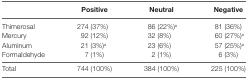
<table><thead><tr><td></td><td><b>Positive</b></td><td><b>Neutral</b></td><td><b>Negative</b></td></tr></thead><tbody><tr><td>Thimerosal</td><td>274 (37%)</td><td>86 (22%)<sup>a</sup></td><td>81 (36%)</td></tr><tr><td>Mercury</td><td>92 (12%)</td><td>32 (8%)</td><td>60 (27%)<sup>a</sup></td></tr><tr><td>Aluminum</td><td>21 (3%)<sup>a</sup></td><td>23 (6%)</td><td>57 (25%)<sup>a</sup></td></tr><tr><td>Formaldehyde</td><td>7 (1%)</td><td>2 (1%)</td><td>6 (3%)</td></tr><tr><td>Total</td><td>744 (100%)</td><td>384 (100%)</td><td>225 (100%)</td></tr></tbody></table>